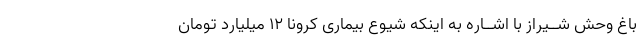
باغ وحش شــیراز با اشــاره به اینکه شیوع بیمارى کرونا 12 میلیارد تومان